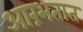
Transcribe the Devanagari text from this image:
आरंभतात